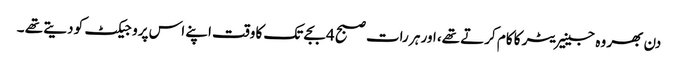
دن بھر وہ جینیریٹر کا کام کرتے تھے، اور ہر رات صبح 4 بجے تک کا وقت اپنے اس پروجیکٹ کو دیتے تھے ۔